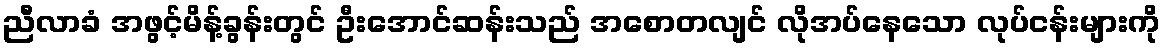
ညီလာခံ အဖွင့်မိန့်ခွန်းတွင် ဦးအောင်ဆန်းသည် အစောတလျင် လိုအပ်နေသော လုပ်ငန်းများကို